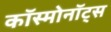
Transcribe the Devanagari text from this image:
काॅस्मोनाॅट्स